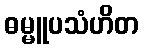
ဓမ္မူပသံဟိတ